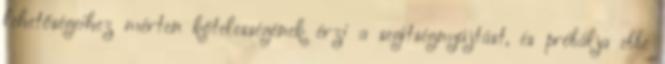
lehetőségeihez mérten kötelességének érzi a segítségnyújtást, és próbálja ebbe